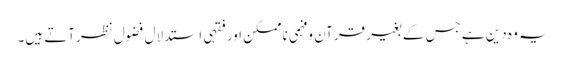
یہ وہ دین ہے جس کے بغیر قرآن وفہمی ناممکن اور فقہی استدلال فضول نظرآتے ہیں۔